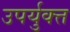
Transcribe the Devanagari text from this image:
उपर्युक्त्त